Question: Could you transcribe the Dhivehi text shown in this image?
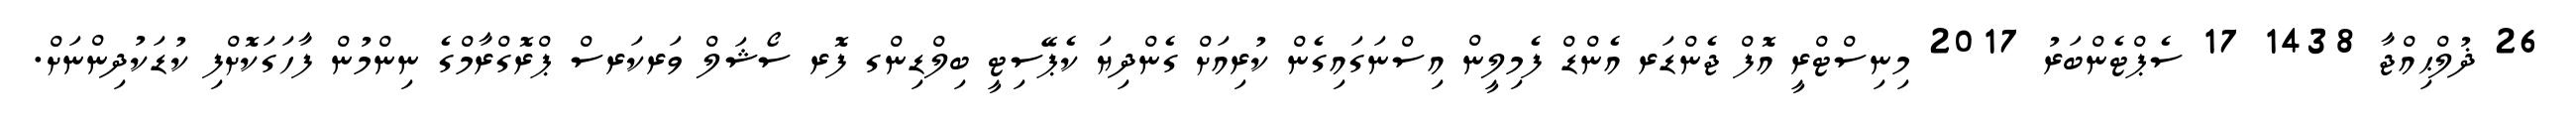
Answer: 26 ޛުލްޙިއްޖާ 1438 17 ސެޕްޓެންބަރު 2017 މިނިސްޓްރީ އޮފް ޖެންޑަރ އެންޑް ފެމިލީން އިސްނަގައިގެން ކުރިއަށް ގެންދިޔަ ކެޕޭސިޓީ ބިލްޑިންގ ފޮރ ސޯޝަލް ވަރކަރސް ޕްރޮގްރާމްގެ ނިންމުން ފާހަގަކޮށްފި ކުޑަކުދިންނަށް.